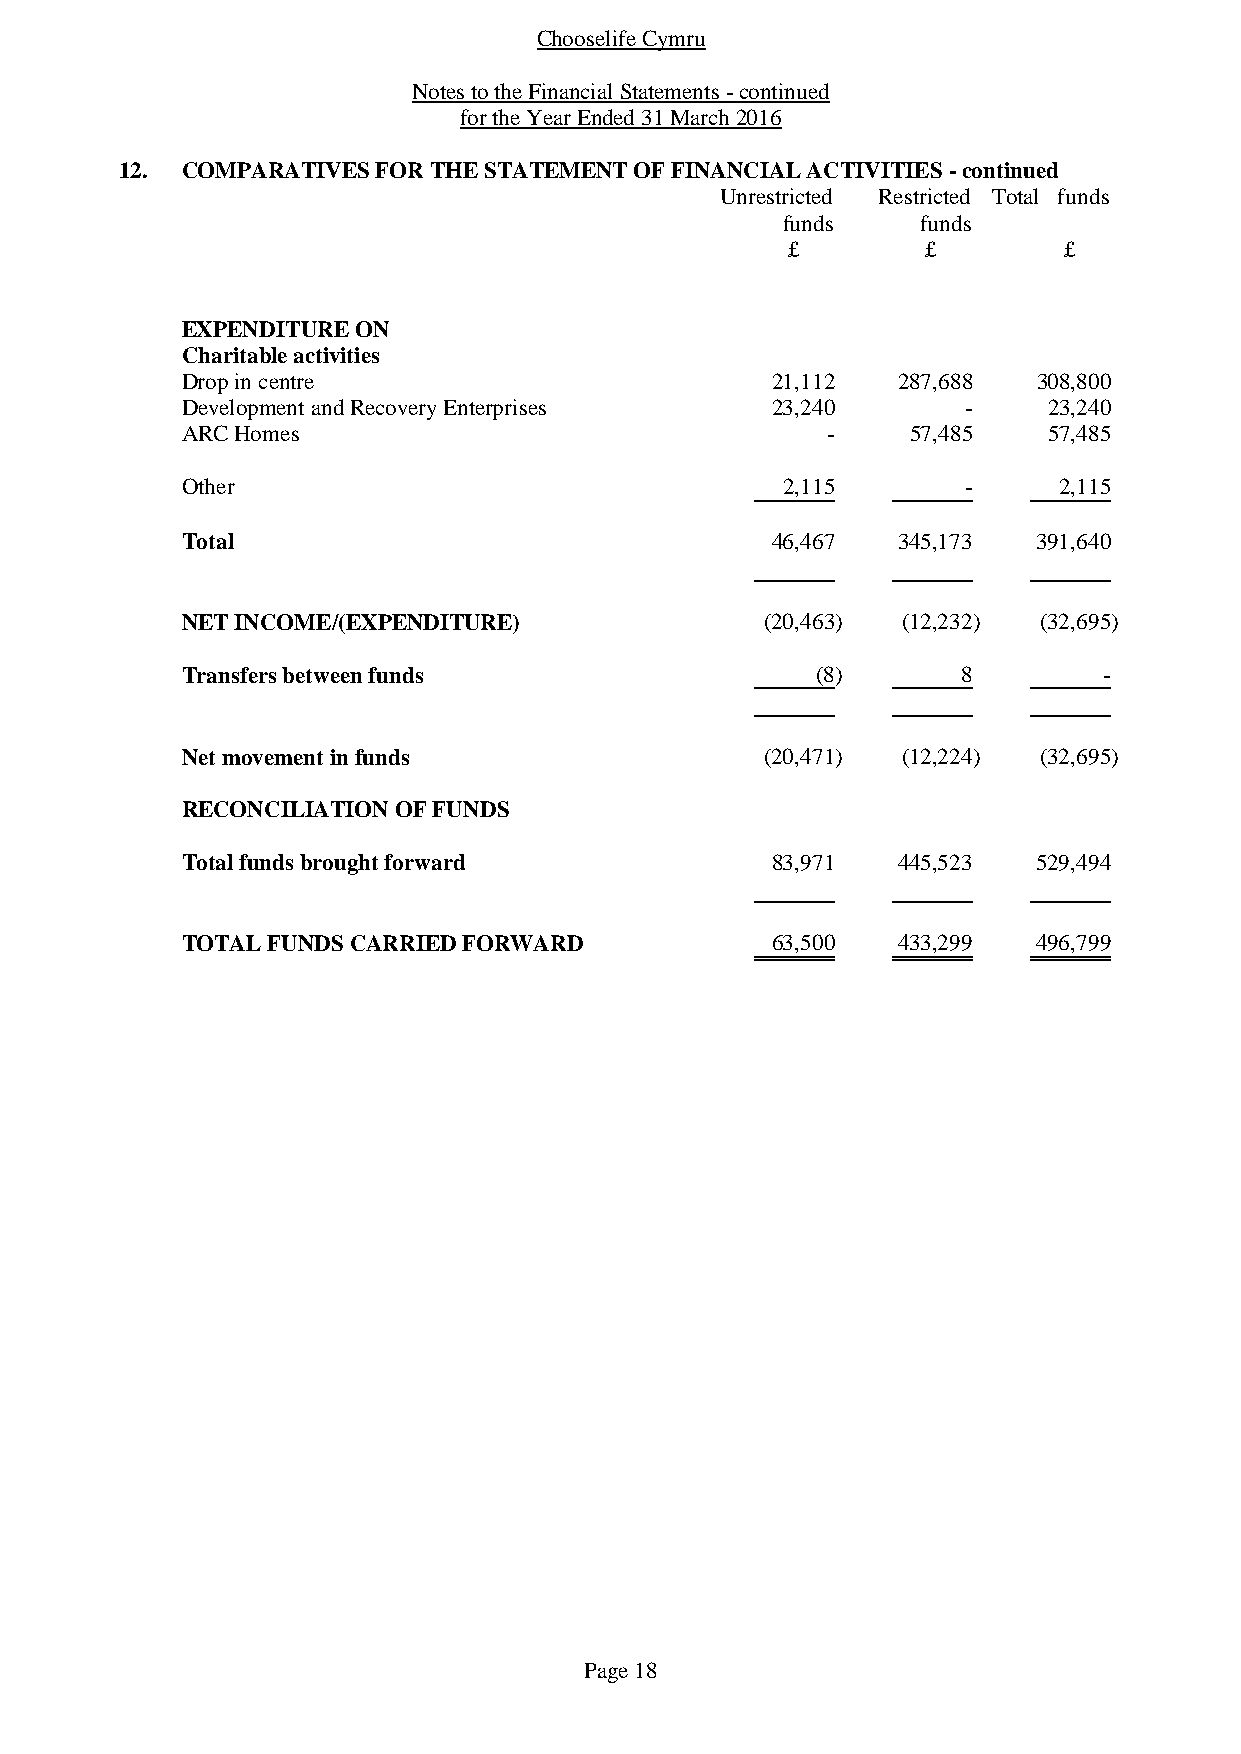
Chooselife Cymru
 Notes to the Financial Statements - continued
 for the Year Ended 31 March 2016
 12. COMPARATIVES FOR THE STATEMENT OF FINANCIAL ACTIVITIES - continued
 Unrestricted Restricted Total funds
 funds    funds
 £        £        £
 EXPENDITURE ON
 Charitable activities
 Drop in centre                         21,112  287,688   308,800
 Development and Recovery Enterprises   23,240       -    23,240
 ARC Homes                                  -    57,485   57,485
 Other                                   2,115       -     2,115
 Total                                  46,467  345,173   391,640
 NET INCOME/(EXPENDITURE)               (20,463) (12,232) (32,695)
 Transfers between funds                   (8)       8        -
 Net movement in funds                  (20,471) (12,224) (32,695)
 RECONCILIATION OF FUNDS
 Total funds brought forward            83,971  445,523   529,494
 TOTAL FUNDS CARRIED FORWARD            63,500  433,299   496,799
 Page 18